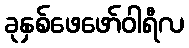
ခုနှစ်ဖေဖော်ဝါရီလ